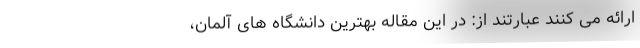
ارائه می کنند عبارتند از: در این مقاله بهترین دانشگاه های آلمان،